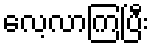
လေ့လာကြပြီး